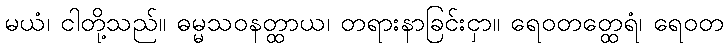
မယံ၊ ငါတို့သည်။ ဓမ္မသဝနတ္ထာယ၊ တရားနာခြင်းငှာ။ ရေဝတတ္ထေရံ၊ ရေဝတ